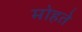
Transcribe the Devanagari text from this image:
मोहते